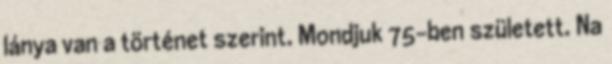
lánya van a történet szerint. Mondjuk 75-ben született. Na